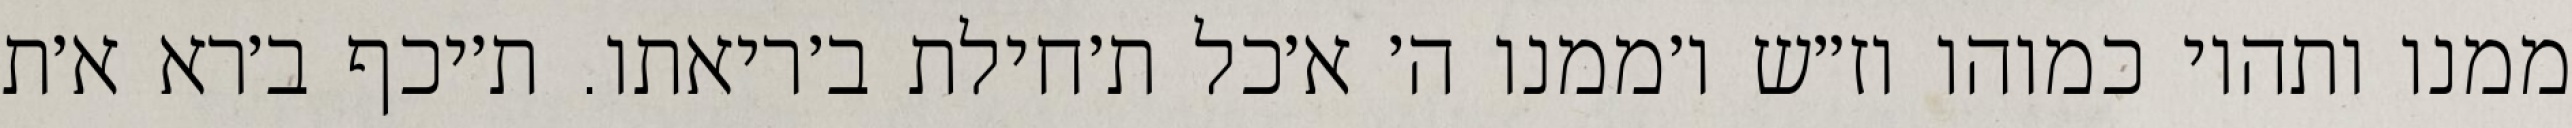
ממנו ותהיו כמוהו וז״ש ו׳ממנו ה׳ א׳כל ת׳חילת ב׳ריאתו. ת׳יכף ב׳רא א׳ת